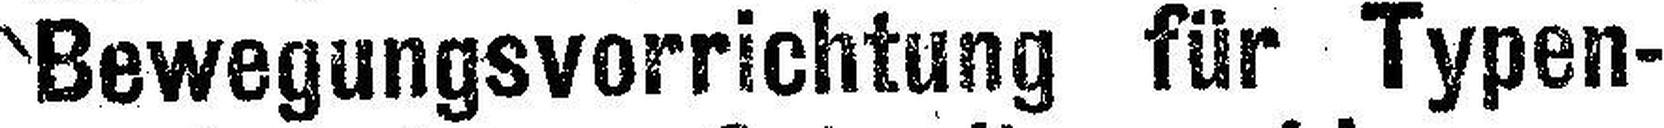
Bewegungsvorrichtung für Typen¬